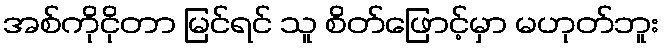
အစ်ကိုငိုတာ မြင်ရင် သူ စိတ်ဖြောင့်မှာ မဟုတ်ဘူး